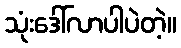
သုံးဒေါ်လာပါပဲတဲ့။